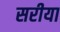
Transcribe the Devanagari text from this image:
सरीया